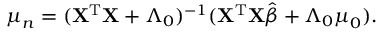
{ \boldsymbol { \mu } } _ { n } = ( \mathbf { X } ^ { \mathrm { { T } } } \mathbf { X } + { \boldsymbol { \Lambda } } _ { 0 } ) ^ { - 1 } ( \mathbf { X } ^ { \mathrm { { T } } } \mathbf { X } { \hat { \boldsymbol { \beta } } } + { \boldsymbol { \Lambda } } _ { 0 } { \boldsymbol { \mu } } _ { 0 } ) .